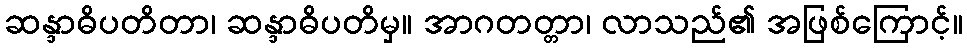
ဆန္ဒာဓိပတိတာ၊ ဆန္ဒာဓိပတိမှ။ အာဂတတ္တာ၊ လာသည်၏ အဖြစ်ကြောင့်။